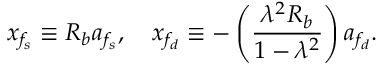
x _ { f _ { s } } \equiv R _ { b } a _ { f _ { s } } , \quad x _ { f _ { d } } \equiv - \left( \frac { \lambda ^ { 2 } R _ { b } } { 1 - \lambda ^ { 2 } } \right) a _ { f _ { d } } .